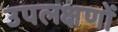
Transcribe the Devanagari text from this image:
उपलक्षणों